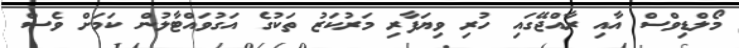
މޯލްޑިވްސް އާއި ރާއްޖޭގައި ހުރި ވިޔަފާރި މަރުކަޒު ތަކުގެ އަގުވައްޓާލުން ކަމަށް ވެސް